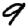
Digit: 9